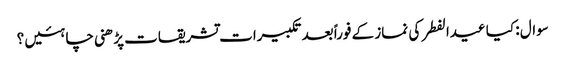
سوال : کیا عیدالفطر کی نماز کے فوراً بعد تکبیرات تشریقات پڑھنی چاہئیں ؟